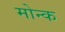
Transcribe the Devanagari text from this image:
मोन्क